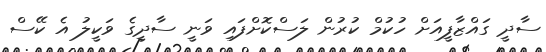
ސާދީ ގައްޒާފީއަށް ހުކުމް ކުރުން ލަސްކޮށްފައި ވަނީ ސާދީގެ ވަކީލު އެ ކޭސް